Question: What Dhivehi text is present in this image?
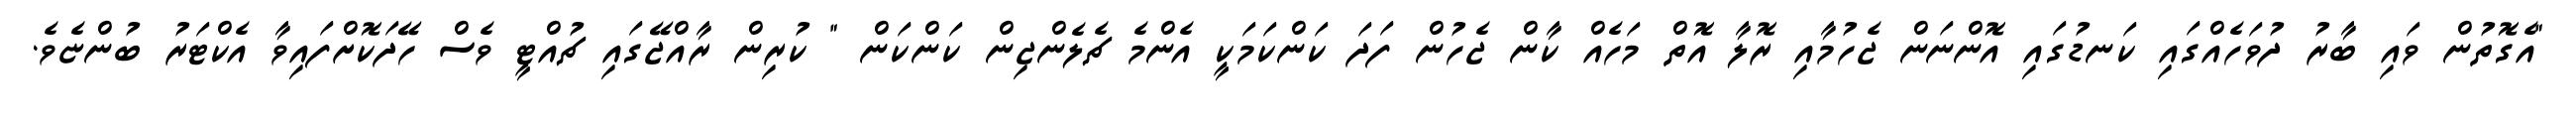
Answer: "އެގޮތުން ވައި ބާރު ދުވަހެއްގައި ކަނޑުގައި އޮންނަން ޖެހުމާއި ރޮލާ އޮތް މަހެއް ކާން ޖެހުން ފަދަ ކަންކަމަކީ އެންމެ ޗެލެންޖިން ކަންކަން " ކުރިން ރާއްޖޭގައި ޗުއްޓީ ވެސް ހޭދަކޮށްފައިވާ އެކްޓަރު ބުންޏެވެ.